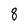
Character: 8